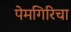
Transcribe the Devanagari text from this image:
पेमगिरिचा